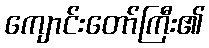
ကျောင်းတော်ကြီး၏